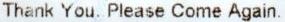
THANK YOU. PLEASE COME AGAIN.